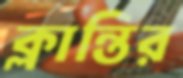
ক্লান্তির